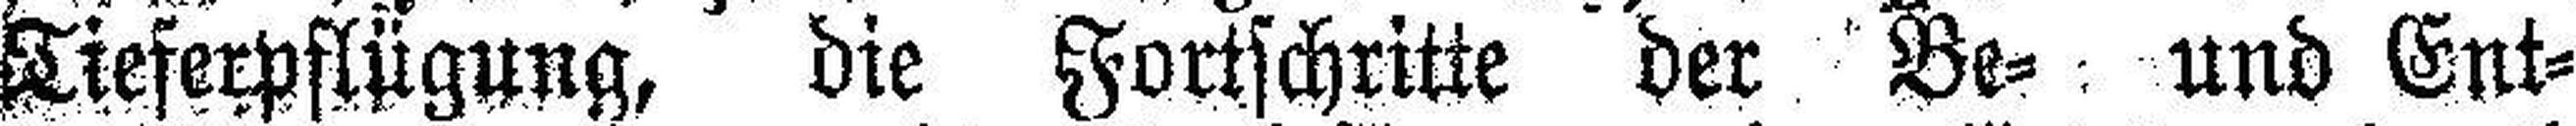
Tieferpflügung, die Fortschritte der Be= und Ent¬